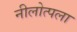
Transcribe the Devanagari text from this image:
नीलोत्पला